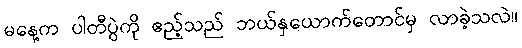
မနေ့က ပါတီပွဲကို ဧည့်သည် ဘယ်နှယောက်တောင်မှ လာခဲ့သလဲ။